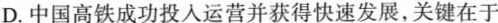
D.中国高铁成功投入运营并获得快速发展，关键在于